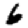
Digit: 6